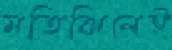
মতিঝিলেই